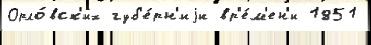
Орло́вск'их губ'е́рн'иjи вр'е́м'ен'и 1851